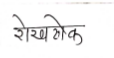
मजकूर: रोखठोक